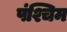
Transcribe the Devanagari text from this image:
पंश्चिम